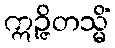
ဣဉ္ဇိတသ္မိံ